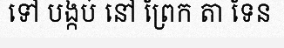
ទៅ បង្កប់ នៅ ព្រែក តា ទែន